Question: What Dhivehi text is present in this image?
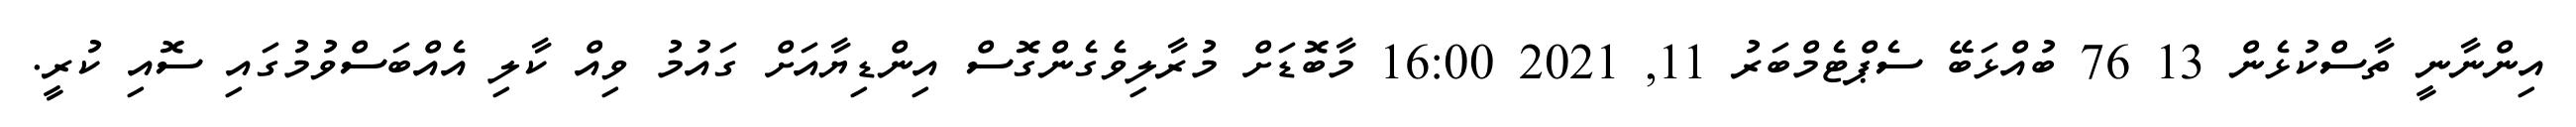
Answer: އިންނާނީ ތާސްކުޅެން 13 76 ބުއްޅަބޭ ސެޕްޓެމްބަރު 11, 2021 16:00 މާބޮޑަށް މުރާލިވެގެންގޮސް އިންޑިޔާއަށް ގައުމު ވިއް ކާލި އެއްބަސްވުމުގައި ސޮއި ކުރީ.